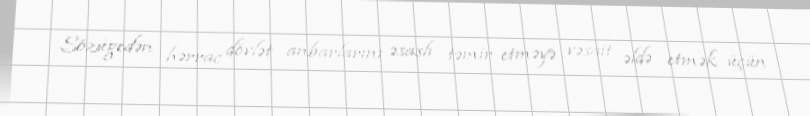
Sözügedən hərrac dövlət anbarlarını əsaslı təmir etməyə vəsait əldə etmək üçün